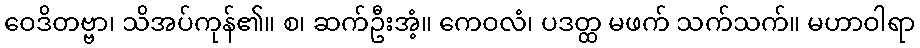
ဝေဒိတဗ္ဗာ၊ သိအပ်ကုန်၏။ စ၊ ဆက်ဦးအံ့။ ကေဝလံ၊ ပဒတ္ထ မဖက် သက်သက်။ မဟာဝါရာ